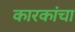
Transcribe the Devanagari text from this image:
कारकांचा